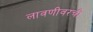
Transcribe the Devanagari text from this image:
लावणीवरची